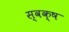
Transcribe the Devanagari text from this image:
स्वक्ष